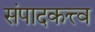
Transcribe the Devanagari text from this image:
संपादकत्त्व